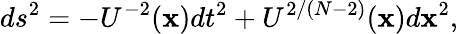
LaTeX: ds^{2}=-U^{-2}({\mathbf{x}})dt^{2}+U^{2/(N-2)}({\mathbf{x}})d{\mathbf{x}}^{2},